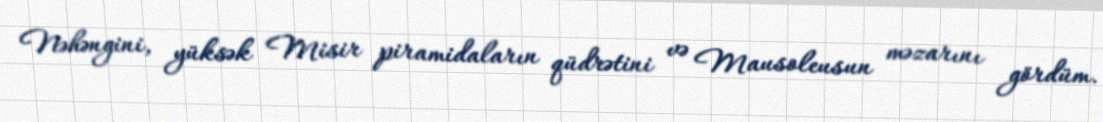
Nəhəngini, yüksək Misir piramidaların qüdrətini və Mausoleusun məzarını gördüm.